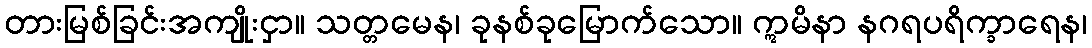
တားမြစ်ခြင်းအကျိုးငှာ။ သတ္တမေန၊ ခုနစ်ခုမြောက်သော။ ဣမိနာ နဂရပရိက္ခာရေန၊